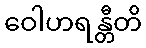
ဝေါဟရန္တီတိ